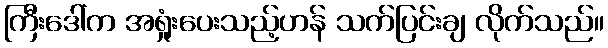
ကြီးဒေါ်က အရှုံးပေးသည့်ဟန် သက်ပြင်းချ လိုက်သည်။